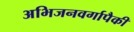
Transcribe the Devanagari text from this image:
अभिजनवर्गापैकी